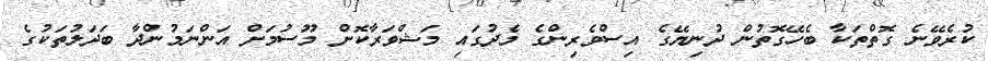
ކުރެވޭނެ ގޮތްތަކާ ބެހޭގޮތުން ދުނިޔޭގެ އިސްވެރިންގެ މެދުގައި މަޝްވަރާކޮށް މޫސުމަށް އަންނަމުންދާ ބަދަލުތަކުގެ